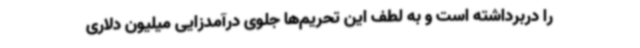
را دربرداشته است و به لطف این تحریم‌ها جلوی درآمدزایی میلیون‌ دلاری